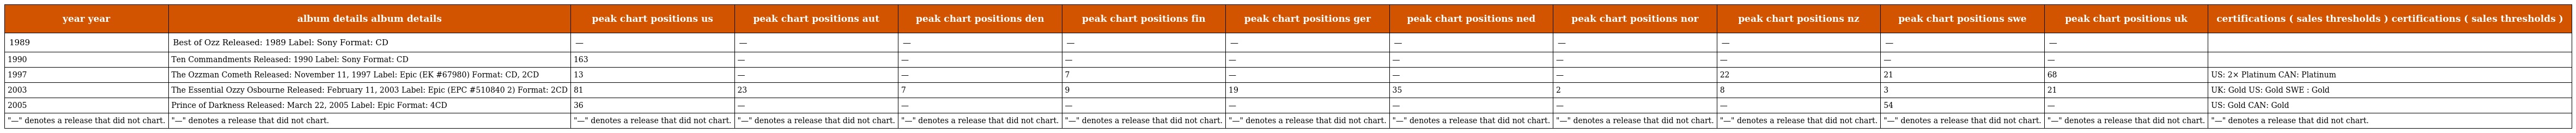
| year year | album details album details | peak chart positions us | peak chart positions aut | peak chart positions den | peak chart positions fin | peak chart positions ger | peak chart positions ned | peak chart positions nor | peak chart positions nz | peak chart positions swe | peak chart positions uk | certifications ( sales thresholds ) certifications ( sales thresholds ) |
 | --- | --- | --- | --- | --- | --- | --- | --- | --- | --- | --- | --- | --- |
 | 1989 | Best of Ozz Released: 1989 Label: Sony Format: CD | — | — | — | — | — | — | — | — | — | — |  |
 | 1990 | Ten Commandments Released: 1990 Label: Sony Format: CD | 163 | — | — | — | — | — | — | — | — | — |  |
 | 1997 | The Ozzman Cometh Released: November 11, 1997 Label: Epic (EK #67980) Format: CD, 2CD | 13 | — | — | 7 | — | — | — | 22 | 21 | 68 | US: 2× Platinum CAN: Platinum |
 | 2003 | The Essential Ozzy Osbourne Released: February 11, 2003 Label: Epic (EPC #510840 2) Format: 2CD | 81 | 23 | 7 | 9 | 19 | 35 | 2 | 8 | 3 | 21 | UK: Gold US: Gold SWE : Gold |
 | 2005 | Prince of Darkness Released: March 22, 2005 Label: Epic Format: 4CD | 36 | — | — | — | — | — | — | — | 54 | — | US: Gold CAN: Gold |
 | "—" denotes a release that did not chart. | "—" denotes a release that did not chart. | "—" denotes a release that did not chart. | "—" denotes a release that did not chart. | "—" denotes a release that did not chart. | "—" denotes a release that did not chart. | "—" denotes a release that did not chart. | "—" denotes a release that did not chart. | "—" denotes a release that did not chart. | "—" denotes a release that did not chart. | "—" denotes a release that did not chart. | "—" denotes a release that did not chart. | "—" denotes a release that did not chart. |